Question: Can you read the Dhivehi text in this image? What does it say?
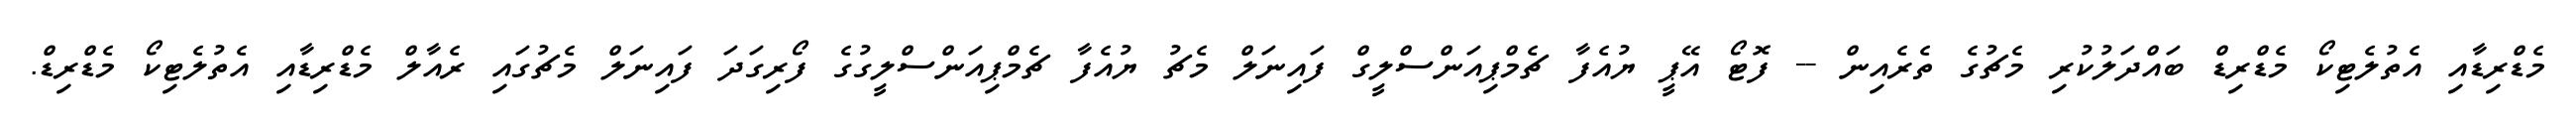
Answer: މެޑްރިޑާއި އެތުލެޓިކޯ މެޑްރިޑް ބައްދަލުކުރި މެޗުގެ ތެރެއިން -- ފޮޓޯ އޭޕީ ޔުއެފާ ޗެމްޕިއަންސްލީގް ފައިނަލް މެޗު ޔުއެފާ ޗެމްޕިއަންސްލީގުގެ ފޯރިގަދަ ފައިނަލް މެޗުގައި ރެއާލް މެޑްރިޑާއި އެތުލެޓިކޯ މެޑްރިޑް.